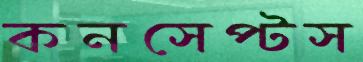
কনসেপ্টস